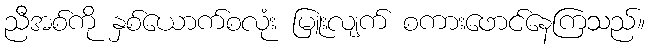
ညီအစ်ကို နှစ်ယောက်စလုံး မြူးလျက် စကားဖောင်နေကြသည်။